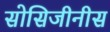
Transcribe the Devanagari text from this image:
सोसिजीनीस